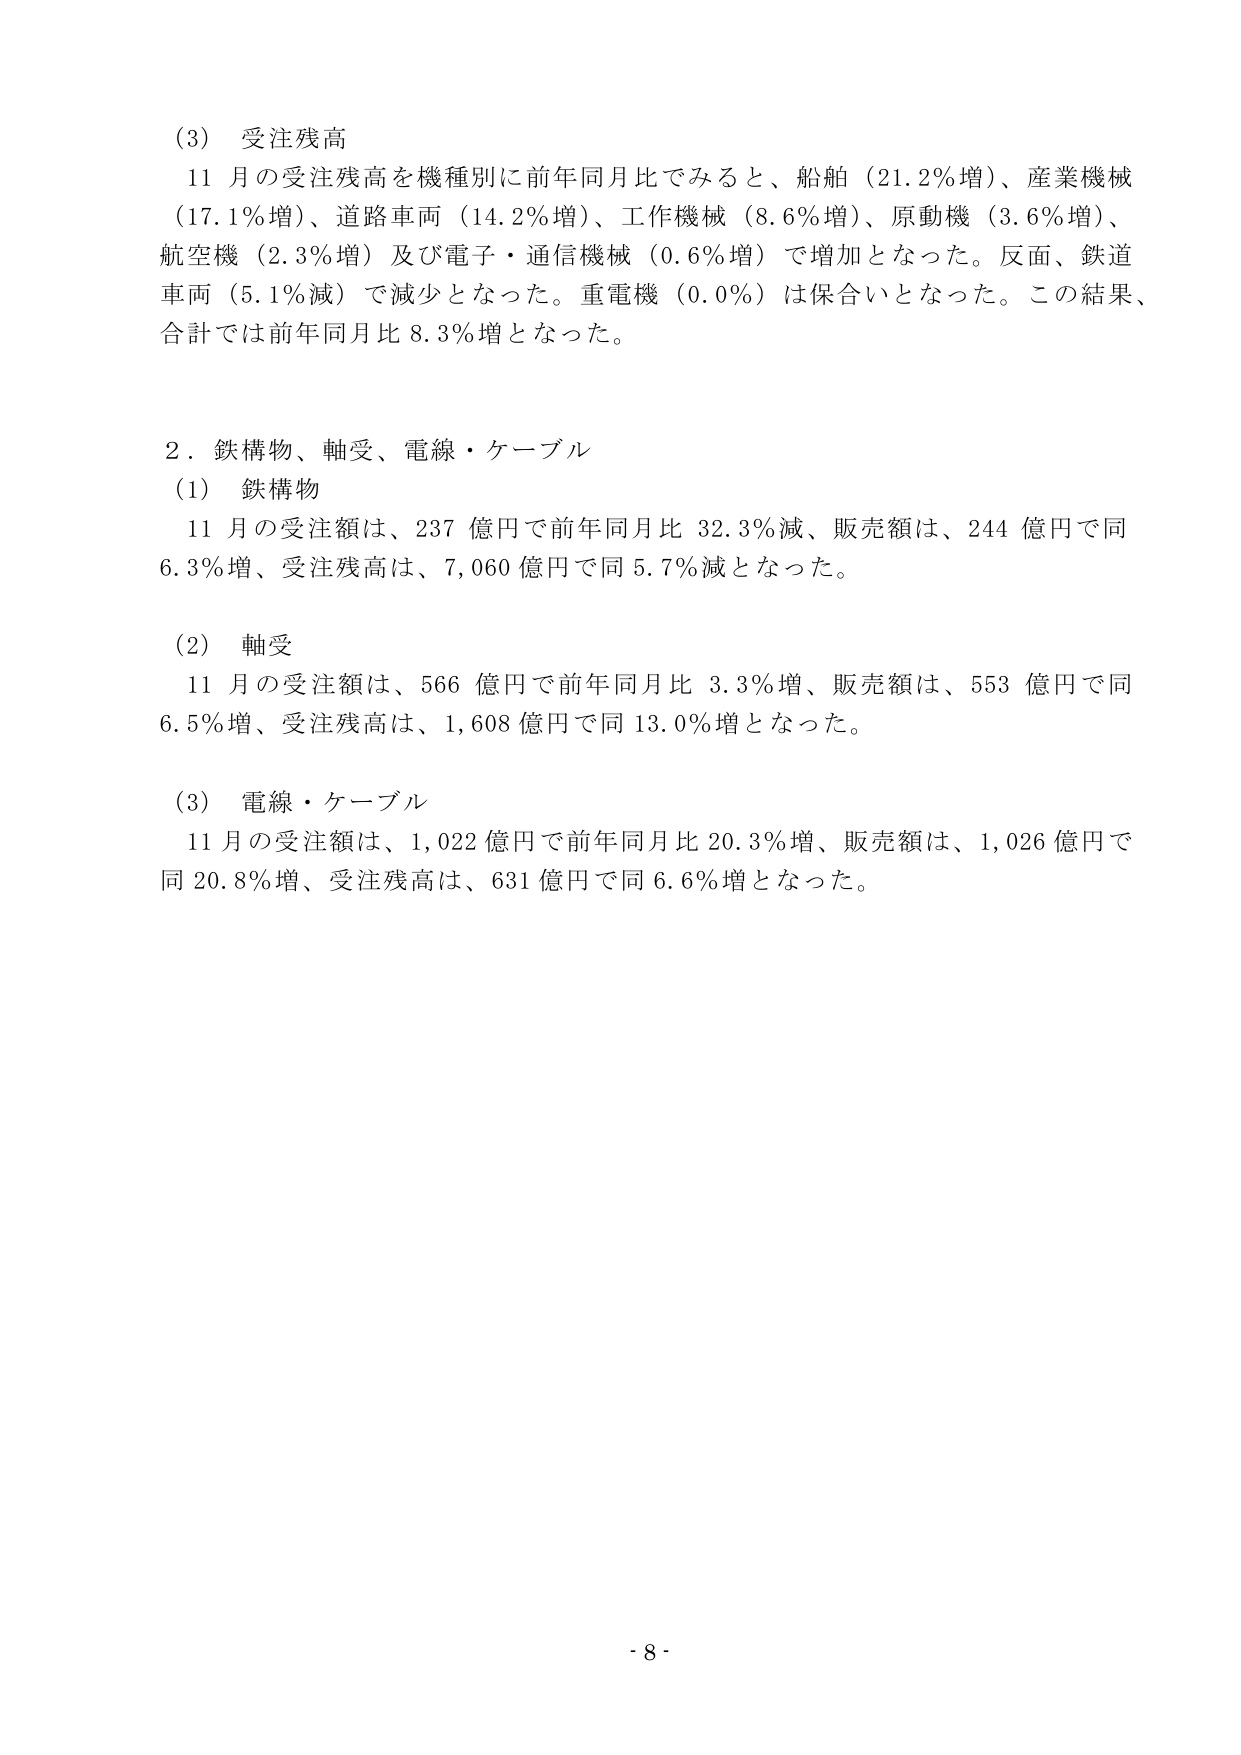
(3) 受注残高
11月の受注残高を機種別に前年同月比でみると、船舶（21.2％増）、産業機械（17.1％増）、道路車両（14.2％増）、工作機械（8.6％増）、原動機（3.6％増）、航空機（2.3％増）及び電子・通信機械（0.6％増）で増加となった。反面、鉄道車両（5.1％減）で減少となった。重電機（0.0％）は保合いとなった。この結果、合計では前年同月比8.3％増となった。

2．鉄構物、軸受、電線・ケーブル
(1) 鉄構物
11月の受注額は、237億円で前年同月比32.3％減、販売額は、244億円で同6.3％増、受注残高は、7,060億円で同5.7％減となった。

(2) 軸受
11月の受注額は、566億円で前年同月比3.3％増、販売額は、553億円で同6.5％増、受注残高は、1,608億円で同13.0％増となった。

(3) 電線・ケーブル
11月の受注額は、1,022億円で前年同月比20.3％増、販売額は、1,026億円で同20.8％増、受注残高は、631億円で同6.6％増となった。

- 8 -